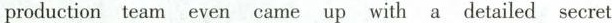
production team even came up with a detailed secret